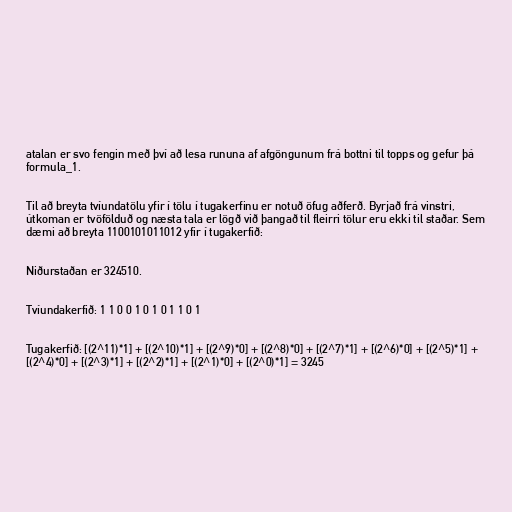
atalan er svo fengin með því að lesa rununa af afgöngunum frá bottni til topps og gefur þá
formula_1.

Til að breyta tvíundatölu yfir í tölu í tugakerfinu er notuð öfug aðferð. Byrjað frá vinstri,
útkoman er tvöfölduð og næsta tala er lögð við þangað til fleirri tölur eru ekki til staðar. Sem
dæmi að breyta 1100101011012 yfir í tugakerfið:

Niðurstaðan er 324510.

Tvíundakerfið: 1 1 0 0 1 0 1 0 1 1 0 1

Tugakerfið: [(2^11)*1] + [(2^10)*1] + [(2^9)*0] + [(2^8)*0] + [(2^7)*1] + [(2^6)*0] + [(2^5)*1] +
[(2^4)*0] + [(2^3)*1] + [(2^2)*1] + [(2^1)*0] + [(2^0)*1] = 3245